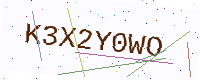
Text: K3X2Y0WO